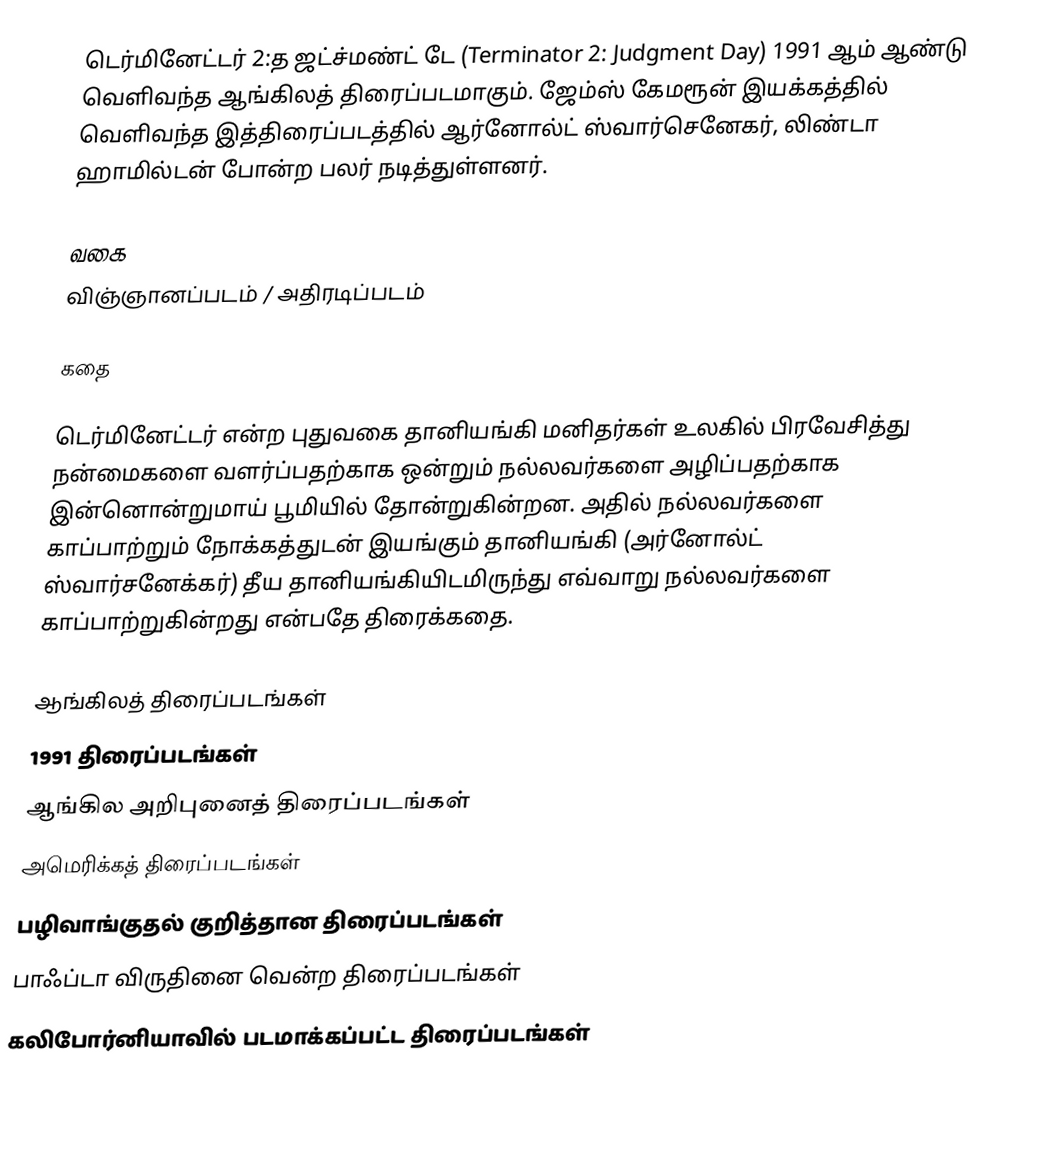
டெர்மினேட்டர் 2:த ஜட்ச்மண்ட் டே (Terminator 2: Judgment Day) 1991 ஆம் ஆண்டு வெளிவந்த ஆங்கிலத் திரைப்படமாகும். ஜேம்ஸ் கேமரூன் இயக்கத்தில் வெளிவந்த இத்திரைப்படத்தில் ஆர்னோல்ட் ஸ்வார்செனேகர், லிண்டா ஹாமில்டன் போன்ற பலர் நடித்துள்ளனர்.

வகை
விஞ்ஞானப்படம் / அதிரடிப்படம்

கதை

டெர்மினேட்டர் என்ற புதுவகை தானியங்கி மனிதர்கள் உலகில் பிரவேசித்து நன்மைகளை வளர்ப்பதற்காக ஒன்றும் நல்லவர்களை அழிப்பதற்காக இன்னொன்றுமாய் பூமியில் தோன்றுகின்றன. அதில் நல்லவர்களை காப்பாற்றும் நோக்கத்துடன் இயங்கும் தானியங்கி (அர்னோல்ட் ஸ்வார்சனேக்கர்) தீய தானியங்கியிடமிருந்து எவ்வாறு நல்லவர்களை காப்பாற்றுகின்றது என்பதே திரைக்கதை.

ஆங்கிலத் திரைப்படங்கள்
1991 திரைப்படங்கள்
ஆங்கில அறிபுனைத் திரைப்படங்கள்
அமெரிக்கத் திரைப்படங்கள்
பழிவாங்குதல் குறித்தான திரைப்படங்கள்
பாஃப்டா விருதினை வென்ற திரைப்படங்கள்
கலிபோர்னியாவில் படமாக்கப்பட்ட திரைப்படங்கள்